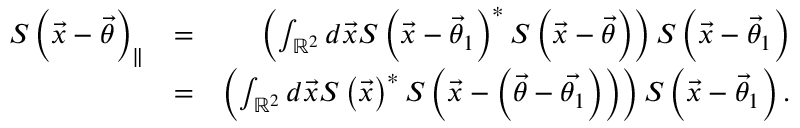
\begin{array} { r l r } { S \left( \vec { x } - \vec { \theta } \right) _ { \parallel } } & { = } & { \left( \int _ { \mathbb { R } ^ { 2 } } d \vec { x } S \left( \vec { x } - \vec { \theta } _ { 1 } \right) ^ { \ast } S \left( \vec { x } - \vec { \theta } \right) \right) S \left( \vec { x } - \vec { \theta } _ { 1 } \right) } \\ & { = } & { \left( \int _ { \mathbb { R } ^ { 2 } } d \vec { x } S \left( \vec { x } \right) ^ { \ast } S \left( \vec { x } - \left( \vec { \theta } - \vec { \theta _ { 1 } } \right) \right) \right) S \left( \vec { x } - \vec { \theta } _ { 1 } \right) . } \end{array}